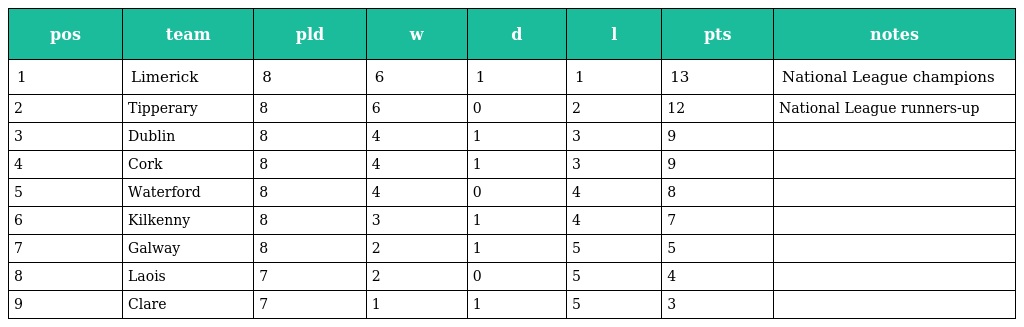
| pos | team | pld | w | d | l | pts | notes |
 | --- | --- | --- | --- | --- | --- | --- | --- |
 | 1 | Limerick | 8 | 6 | 1 | 1 | 13 | National League champions |
 | 2 | Tipperary | 8 | 6 | 0 | 2 | 12 | National League runners-up |
 | 3 | Dublin | 8 | 4 | 1 | 3 | 9 |  |
 | 4 | Cork | 8 | 4 | 1 | 3 | 9 |  |
 | 5 | Waterford | 8 | 4 | 0 | 4 | 8 |  |
 | 6 | Kilkenny | 8 | 3 | 1 | 4 | 7 |  |
 | 7 | Galway | 8 | 2 | 1 | 5 | 5 |  |
 | 8 | Laois | 7 | 2 | 0 | 5 | 4 |  |
 | 9 | Clare | 7 | 1 | 1 | 5 | 3 |  |